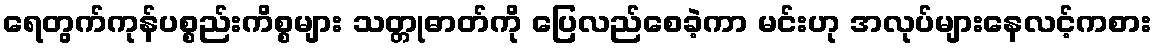
ရေတွက်ကုန်ပစ္စည်းကိစ္စများ သတ္တုဓာတ်ကို ပြေလည်စေခဲ့ကာ မင်းဟု အလုပ်များနေလင့်ကစား